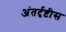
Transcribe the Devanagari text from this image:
अंतर्दृष्टीस